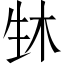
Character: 𬎳